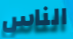
الناس